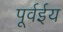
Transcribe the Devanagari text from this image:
पूर्वईय